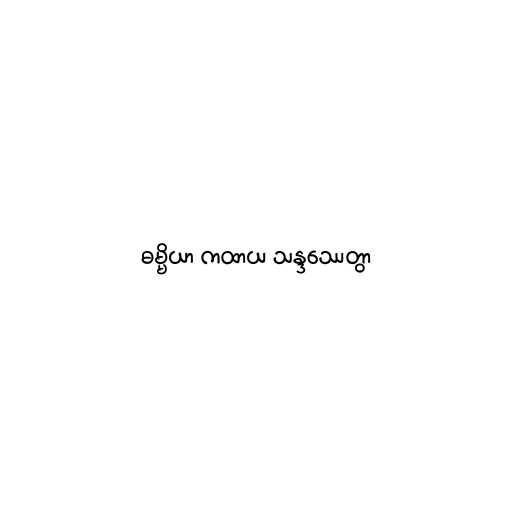
ဓမ္မိယာ ကထာယ သန္ဒဿေတွာ